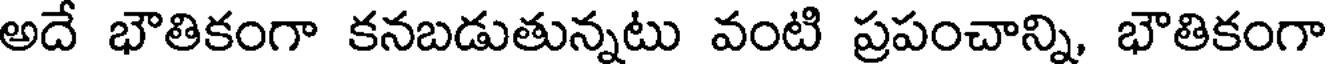
అదే భౌతికంగా కనబడుతున్నటు వంటి ప్రపంచాన్ని, భౌతికంగా